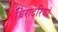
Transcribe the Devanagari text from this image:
बिरादरियां